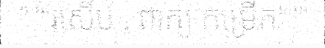
"""រសើប , ពាក្យ កម្រើក"""